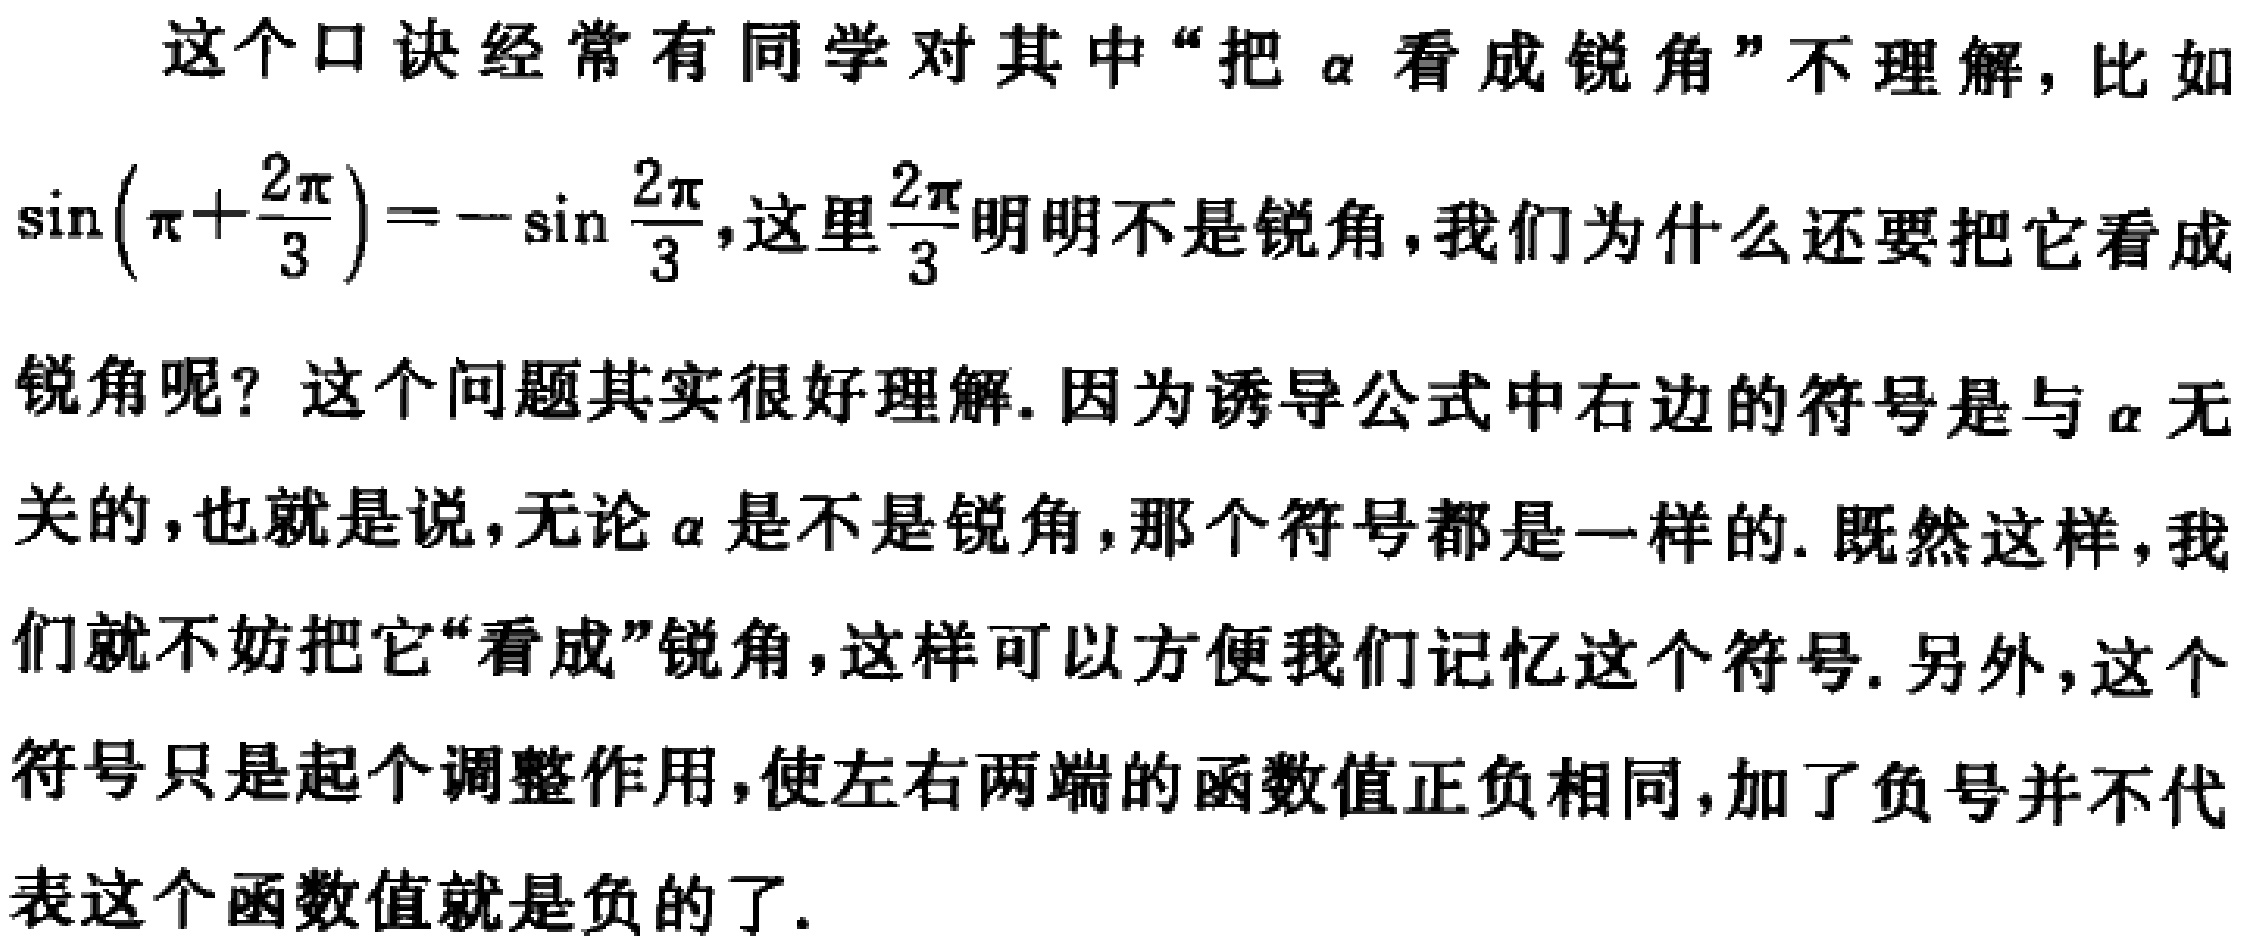
这个口诀经常有同学对其中“把\(\alpha\)看成锐角”不理解，比如\(\sin(\pi + \frac{2\pi}{3}) = -\sin\frac{2\pi}{3}\)，这里\(\frac{2\pi}{3}\)明明不是锐角，我们为什么还要把它看成锐角呢？这个问题其实很好理解. 因为诱导公式中右边的符号是与\(\alpha\)无关的，也就是说，无论\(\alpha\)是不是锐角，那个符号都是一样的. 既然这样，我们就不妨把它“看成”锐角，这样可以方便我们记忆这个符号. 另外，这个符号只是起个调整作用，使左右两端的函数值正负相同，加了负号并不代表这个函数值就是负的了.